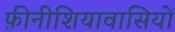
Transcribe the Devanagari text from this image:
फ़ीनीशियावासियों